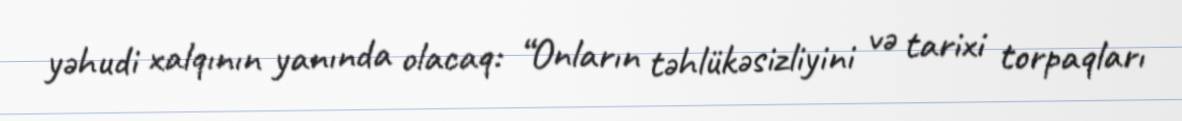
yəhudi xalqının yanında olacaq: “Onların təhlükəsizliyini və tarixi torpaqları